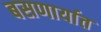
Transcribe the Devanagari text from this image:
बसणार्यात